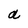
Character: a